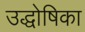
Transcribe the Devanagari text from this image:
उद्धोषिका